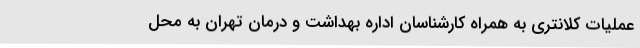
عملیات کلانتری به همراه کارشناسان اداره بهداشت و درمان تهران به محل